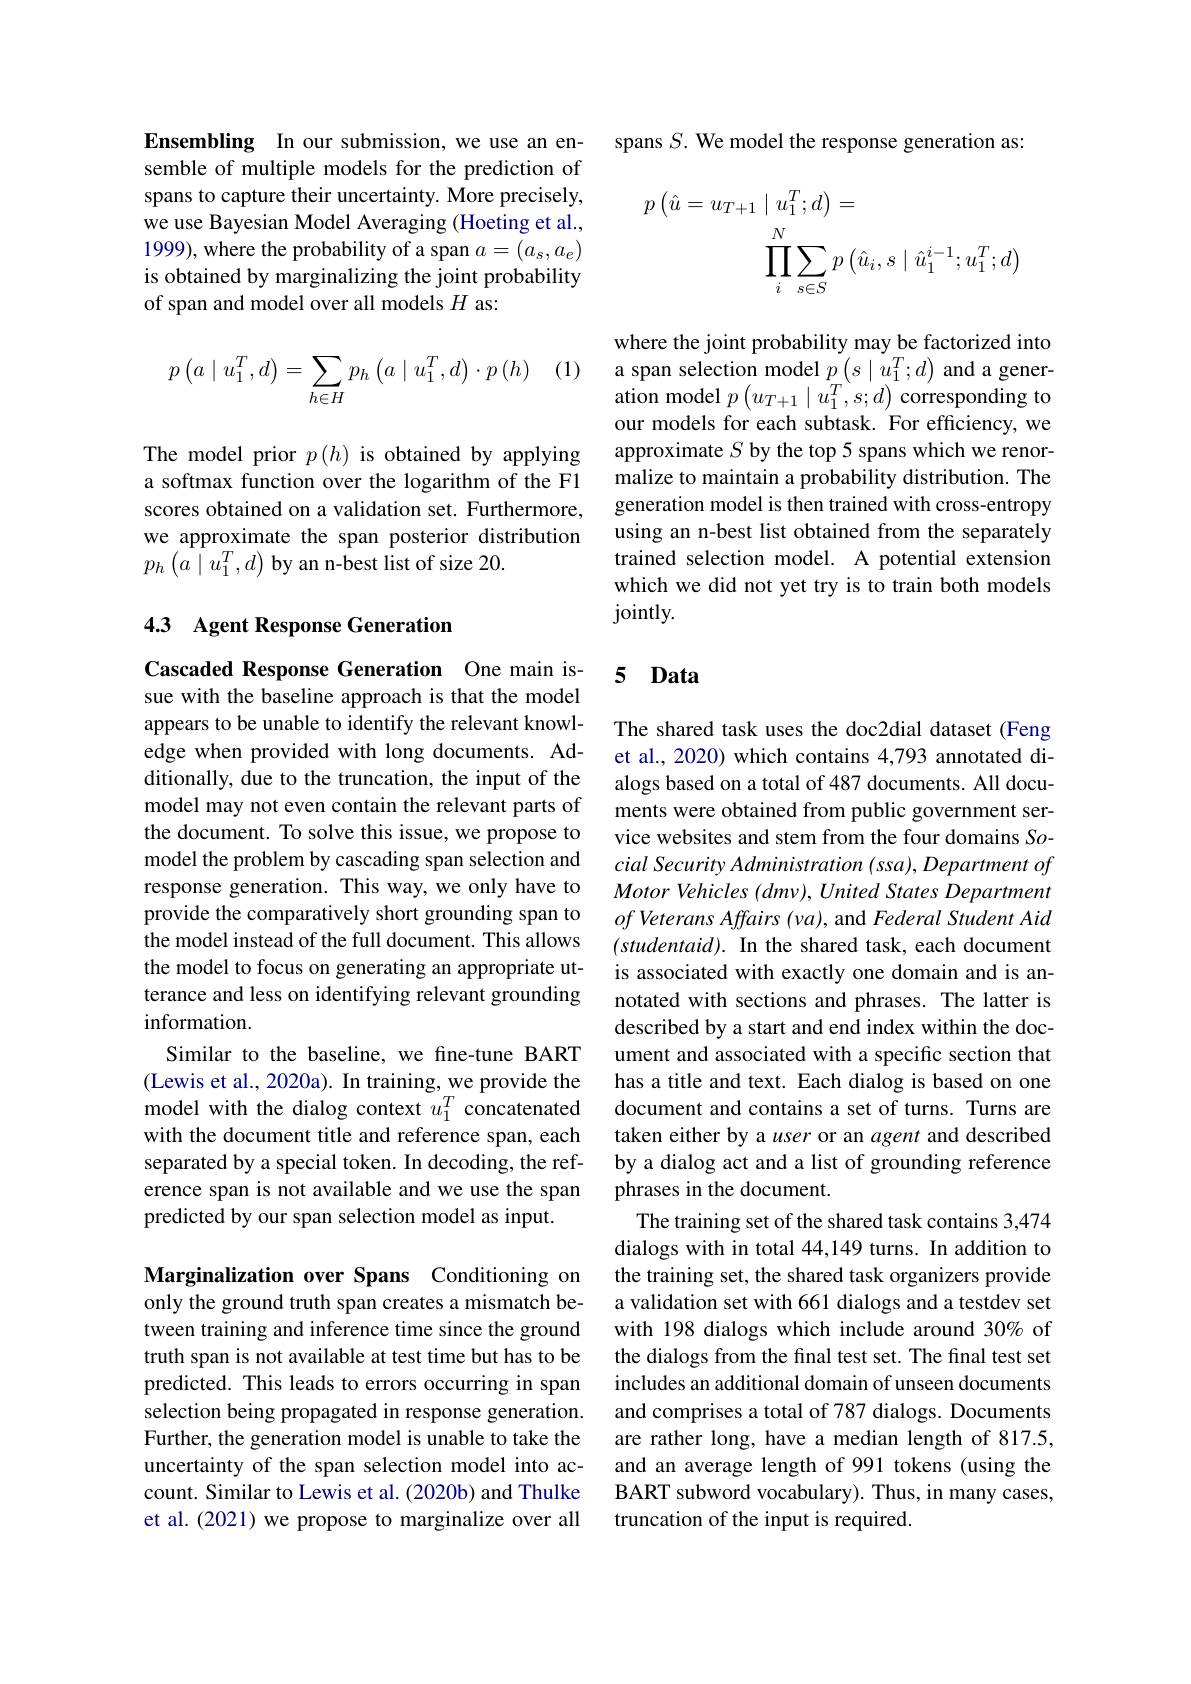
Ensembling In our submission, we use an ensemble of multiple models for the prediction of spans to capture their uncertainty. More precisely, we use Bayesian Model Averaging (Hoeting et al., 1999), where the probability of a span $a=(a_s,a_e)$ is obtained by marginalizing the joint probability of span and model over all models $H$ as:

 (1)
$$p\left(a\mid u_1^T,d\right)=\sum_{h\in H}p_h\left(a\mid u_1^T,d\right)\cdot p\left(h\right)$$
The model prior $p\left(h\right)$ is obtained by applying a softmax function over the logarithm of the F1 scores obtained on a validation set. Furthermore, we approximate the span posterior distribution $p_{h}\left(\tilde{a}\mid u_{1}^{T},d\right)$by an n-best list of size 20.

## 4.3 Agent Response Generation

Cascaded Response Generation One main issue with the baseline approach is that the model appears to be unable to identify the relevant knowledge when provided with long documents. Additionally, due to the truncation, the input of the model may not even contain the relevant parts of the document. To solve this issue, we propose to model the problem by cascading span selection and response generation. This way, we only have to provide the comparatively short grounding span to the model instead of the full document. This allows the model to focus on generating an appropriate utterance and less on identifying relevant grounding information.
Similar to the baseline, we fine-tune BART (Lewis et al., 2020a). In training, we provide the model with the dialog context $u_1^T$ concatenated with the document title and reference span, each separated by a special token. In decoding, the reference span is not available and we use the span predicted by our span selection model as input.

Marginalization over Spans Conditioning on only the ground truth span creates a mismatch between training and inference time since the ground truth span is not available at test time but has to be predicted. This leads to errors occurring in span selection being propagated in response generation. Further, the generation model is unable to take the uncertainty of the span selection model into account. Similar to Lewis et al. (2020b) and Thulke et al. (2021) we propose to marginalize over all

spans $S.$ We model the response generation as:
$$\begin{aligned}p\left(\hat{u}=u_{T+1}\mid u_{1}^{T};d\right)&=\\\prod_{i}^{N}\sum_{s\in S}p\left(\hat{u}_{i},s\mid\hat{u}_{1}^{i-1};u_{1}^{T};d\right)\end{aligned}$$
where the joint probability may be factorized into a span selection model $p\left(s\mid u_{1}^{T};d\right)$ and a generation model $p\left(u_{T+1}\mid u_{1}^{T},s;d\right)$ corresponding to our models for each subtask. For efficiency, we approximate $S$ by the top 5 spans which we renormalize to maintain a probability distribution. The generation model is then trained with cross-entropy using an n-best list obtained from the separately trained selection model. A potential extension which we did not yet try is to train both models $jointly.$

# 5 Data

The shared task uses the doc2dial dataset (Feng et al., 2020) which contains 4,793 annotated dialogs based on a total of 487 documents. All documents were obtained from public government service websites and stem from the four domains Social Security Administration (ssa), Department of Motor Vehicles (dmv), United States Department $of$ Veterans Affairs (va), and Federal Student Aid $(studentaid).$ In the shared task, each document is associated with exactly one domain and is annotated with sections and phrases. The latter is described by a start and end index within the document and associated with a specific section that has a title and text. Each dialog is based on one document and contains a set of turns. Turns are taken either by a user or an agent and described by a dialog act and a list of grounding reference phrases in the document.
The training set of the shared task contains 3,474 dialogs with in total 44,149 turns. In addition to the training set, the shared task organizers provide a validation set with 661 dialogs and a testdev set with 198 dialogs which include around 30% of the dialogs from the final test set. The final test set includes an additional domain of unseen documents and comprises a total of 787 dialogs. Documents are rather long, have a median length of 817.5, and an average length of 991 tokens (using the BART subword vocabulary). Thus, in many cases, truncation of the input is required.